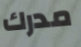
مدرك